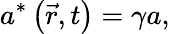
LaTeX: a^{\ast}\left(\vec{r},t\right)=\gamma a,